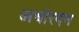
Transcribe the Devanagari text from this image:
अधोरदन